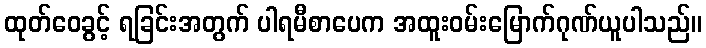
ထုတ်ဝေခွင့် ရခြင်းအတွက် ပါရမီစာပေက အထူးဝမ်းမြောက်ဂုဏ်ယူပါသည်။